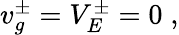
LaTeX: \begin{array}{r}{v_{g}^{\pm}=V_{E}^{\pm}=0\; ,}\end{array}